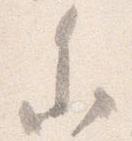
参